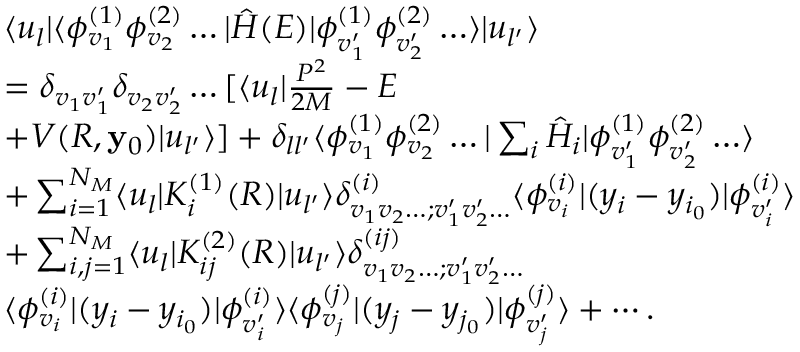
\begin{array} { r l } & { \langle u _ { l } | \langle \phi _ { v _ { 1 } } ^ { ( 1 ) } \phi _ { v _ { 2 } } ^ { ( 2 ) } \ldots | \hat { H } ( E ) | \phi _ { v _ { 1 } ^ { \prime } } ^ { ( 1 ) } \phi _ { v _ { 2 } ^ { \prime } } ^ { ( 2 ) } \ldots \rangle | u _ { l ^ { \prime } } \rangle } \\ & { = \delta _ { v _ { 1 } v _ { 1 } ^ { \prime } } \delta _ { v _ { 2 } v _ { 2 } ^ { \prime } } \ldots [ \langle u _ { l } | \frac { P ^ { 2 } } { 2 M } - E } \\ & { + V ( R , \mathbf { y } _ { 0 } ) | u _ { l ^ { \prime } } \rangle ] + \delta _ { l l ^ { \prime } } \langle \phi _ { v _ { 1 } } ^ { ( 1 ) } \phi _ { v _ { 2 } } ^ { ( 2 ) } \ldots | \sum _ { i } \hat { H } _ { i } | \phi _ { v _ { 1 } ^ { \prime } } ^ { ( 1 ) } \phi _ { v _ { 2 } ^ { \prime } } ^ { ( 2 ) } \ldots \rangle } \\ & { + \sum _ { i = 1 } ^ { N _ { M } } \langle u _ { l } | K _ { i } ^ { ( 1 ) } ( { R } ) | u _ { l ^ { \prime } } \rangle \delta _ { v _ { 1 } v _ { 2 } \ldots ; v _ { 1 } ^ { \prime } v _ { 2 } ^ { \prime } \ldots } ^ { ( i ) } \langle \phi _ { v _ { i } } ^ { ( i ) } | ( y _ { i } - y _ { i _ { 0 } } ) | \phi _ { v _ { i } ^ { \prime } } ^ { ( i ) } \rangle } \\ & { + \sum _ { i , j = 1 } ^ { N _ { M } } \langle u _ { l } | K _ { i j } ^ { ( 2 ) } ( R ) | u _ { l ^ { \prime } } \rangle \delta _ { v _ { 1 } v _ { 2 } \ldots ; v _ { 1 } ^ { \prime } v _ { 2 } ^ { \prime } \ldots } ^ { ( i j ) } } \\ & { \langle \phi _ { v _ { i } } ^ { ( i ) } | ( y _ { i } - y _ { i _ { 0 } } ) | \phi _ { v _ { i } ^ { \prime } } ^ { ( i ) } \rangle \langle \phi _ { v _ { j } } ^ { ( j ) } | ( y _ { j } - y _ { j _ { 0 } } ) | \phi _ { v _ { j } ^ { \prime } } ^ { ( j ) } \rangle + \cdots . } \end{array}